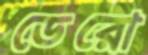
ডেরো